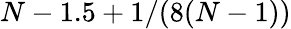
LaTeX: N-1.5+1/(8(N-1))